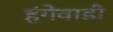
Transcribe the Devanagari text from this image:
हंगेवाडी